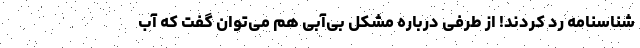
شناسنامه رد کردند! از طرفی درباره مشکل بی‌آبی هم می‌توان گفت که آب